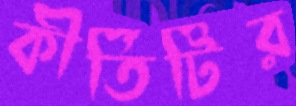
কীর্তিটির